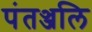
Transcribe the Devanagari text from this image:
पंतञ्जलि